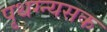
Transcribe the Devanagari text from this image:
पृथग्न्यसक